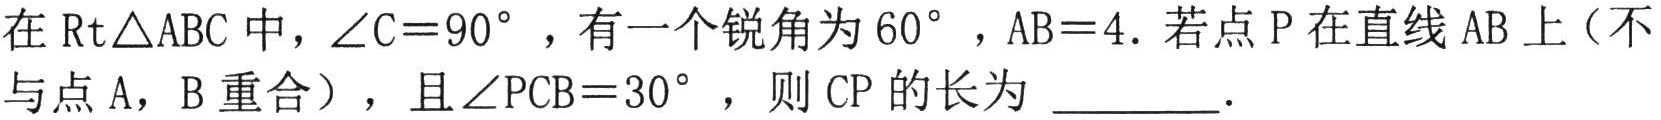
在$\mathrm{Rt}\triangle ABC$中，$\angle C = 90^{\circ}$，有一个锐角为$60^{\circ}$，$AB = 4$. 若点$P$在直线$AB$上（不
与点$A$，$B$重合），且$\angle PCB = 30^{\circ}$，则$CP$的长为  ．